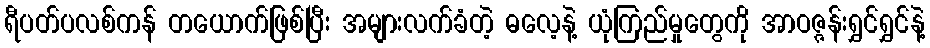
ရီပတ်ပလစ်ကန် တယောက်ဖြစ်ပြီး အများလက်ခံတဲ့ ဓလေ့နဲ့ ယုံကြည်မှုတွေကို အာဝဇ္ဇန်းရွှင်ရွှင်နဲ့